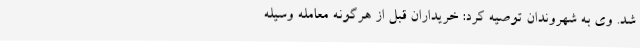
شد. وی به شهروندان توصیه کرد: خریداران قبل از هرگونه معامله وسیله